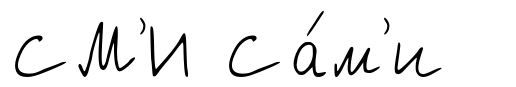
СМ'И Са́м'и